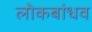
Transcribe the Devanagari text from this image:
लोकबांधव